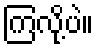
ကြလို့ပဲ။